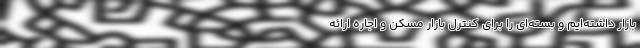
بازار داشته‌ایم و بسته‌ای را برای کنترل بازار مسکن و اجاره ارائه